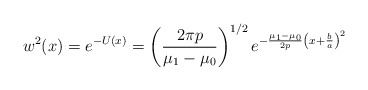
\begin{align*}w^2(x)=e^{-U(x)}=\left({2\pi p\over \mu_1-\mu_0}\right)^{1/2}e^{-{\mu_1-\mu_0\over 2p}\left(x+{b\over a}\right)^2}\end{align*}